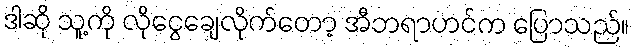
ဒါဆို သူ့ကို လိုငွေချေလိုက်တော့ အီဘရာဟင်က ပြောသည်။